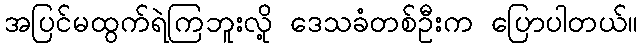
အပြင်မထွက်ရဲကြဘူးလို့ ဒေသခံတစ်ဦးက ပြောပါတယ်။